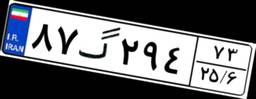
۸۷گ۲۹۴۷۳